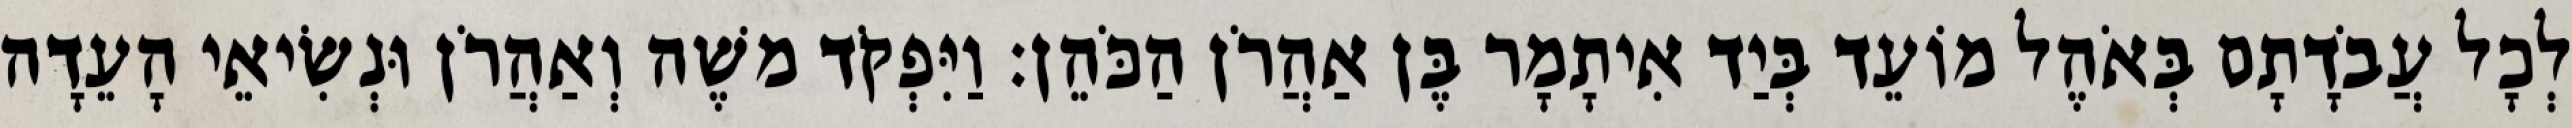
לְכָל עֲבֹדָתָם בְּאֹהֶל מוֹעֵד בְּיַד אִיתָמָר בֶּן אַהֲרֹן הַכֹּהֵן׃ וַיִּפְקֹד משֶׁה וְאַהֲרֹן וּנְשִׂיאֵי הָעֵדָה